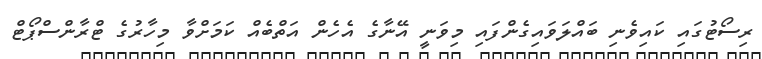
ރިސޯޓުގައި ކައިވެނި ބައްލަވައިގެންފައި މިވަނީ އޭނާގެ އެހެން އަތްބެއް ކަމަށްވާ މިހާރުގެ ޓްރާންސްޕޯޓް